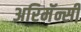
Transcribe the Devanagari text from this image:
अरिमॅन्सी